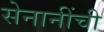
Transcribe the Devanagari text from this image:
सेनानींची